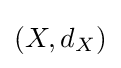
\left(X,d_{X}\right)